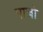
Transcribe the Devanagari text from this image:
पाजो